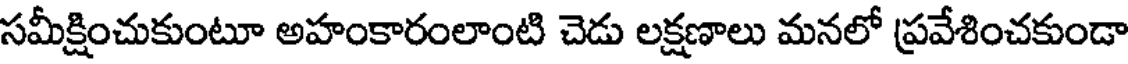
సమీక్షించుకుంటూ అహంకారంలాంటి చెడు లక్షణాలు మనలో ప్రవేశించకుండా